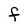
Character: f